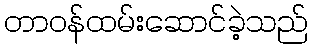
တာဝန်ထမ်းဆောင်ခဲ့သည်